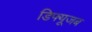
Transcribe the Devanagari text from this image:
डिफ्यूजब